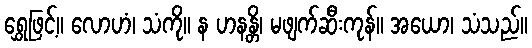
ရွှေဖြင့်။ လောဟံ၊ သံကို။ န ဟနန္တိ၊ မဖျက်ဆီးကုန်။ အယော၊ သံသည်။